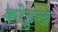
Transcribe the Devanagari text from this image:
कोडुरु